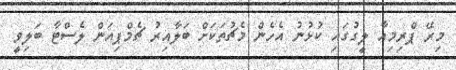
މިރޭ ޕްރިމިއާ ލީގުގައި ކުޅުނު އެހެން މެޗުތަކަށް ބަލާއިރު ޗެމްޕިއަން ލެސްޓާ ބަލިވީ